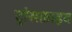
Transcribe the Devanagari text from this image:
ट्रांसक्राइव